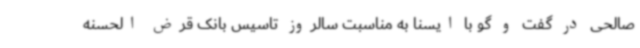
صالحی در گفت و گو با ایسنا به مناسبت سالروز تاسیس بانک قرض الحسنه